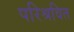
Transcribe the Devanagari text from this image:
परिश्रवित